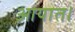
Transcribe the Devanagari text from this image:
आयात।